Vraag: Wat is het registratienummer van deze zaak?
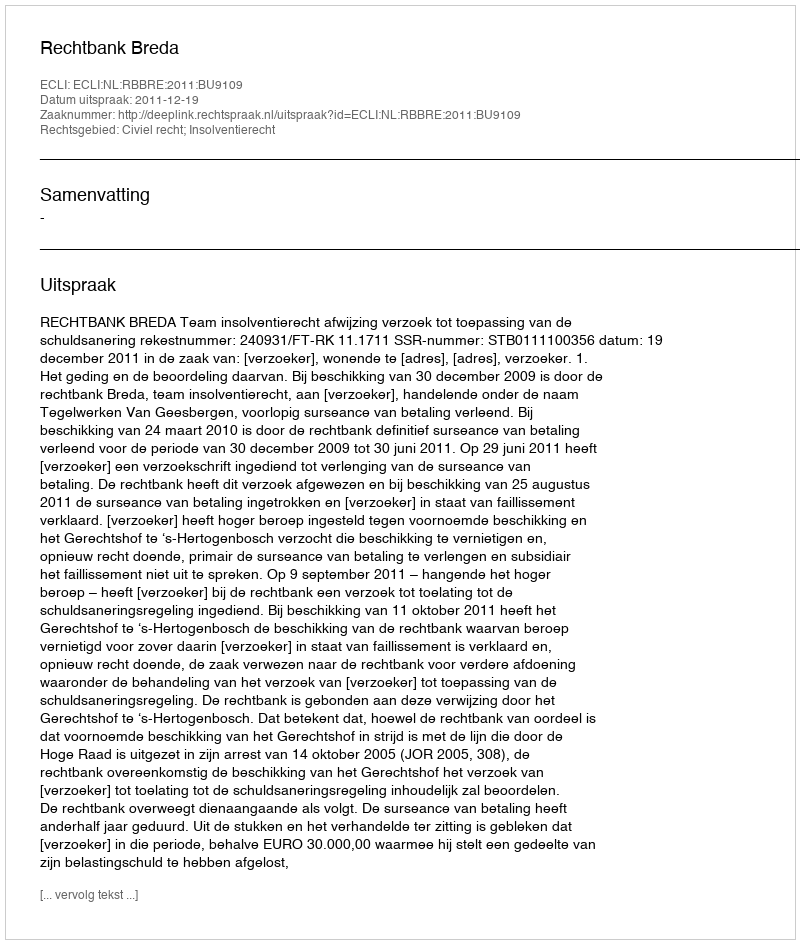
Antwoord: http://deeplink.rechtspraak.nl/uitspraak?id=ECLI:NL:RBBRE:2011:BU9109